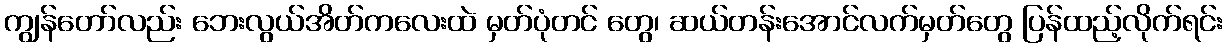
ကျွန်တော်လည်း ဘေးလွယ်အိတ်ကလေးထဲ မှတ်ပုံတင် တွေ၊ ဆယ်တန်းအောင်လက်မှတ်တွေ ပြန်ထည့်လိုက်ရင်း